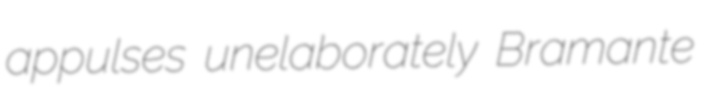
appulses unelaborately Bramante